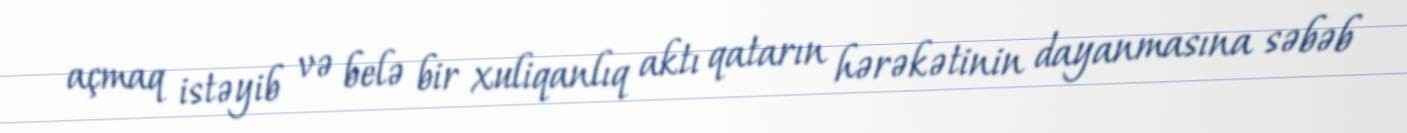
açmaq istəyib və belə bir xuliqanlıq aktı qatarın hərəkətinin dayanmasına səbəb